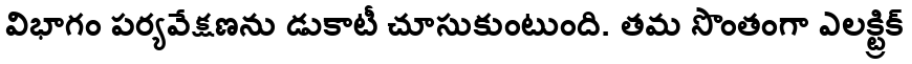
విభాగం పర్యవేక్షణను డుకాటీ చూసుకుంటుంది. తమ సొంతంగా ఎలక్ట్రిక్